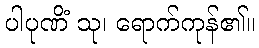
ပါပုဏိံ သု၊ ရောက်ကုန်၏။